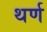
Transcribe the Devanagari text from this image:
थर्ण